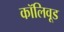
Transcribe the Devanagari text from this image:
कॉलिवूड